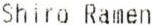
SHIRO RAMEN